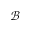
\mathcal { B }